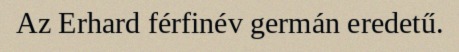
Az Erhard férfinév germán eredetű.